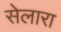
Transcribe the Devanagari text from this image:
सेलारा